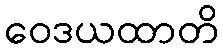
ဝေဒယထာတိ